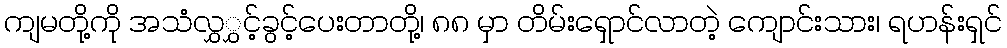
ကျမတို့ကို အသံလွှွှင့်ခွင့်ပေးတာတို့၊ ၈၈ မှာ တိမ်းရှောင်လာတဲ့ ကျောင်းသား၊ ရဟန်းရှင်